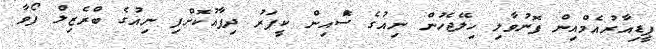
ޕީޑިއާރުއެމްއިން ފޮނުވާލި ހިލޭޖެހުން ނިއުގެ ސްޮެއިން ކީޕަރު ދިފާއުކޮށްފި ނިއުގެ ބްރެޒިލް ފޯވާ